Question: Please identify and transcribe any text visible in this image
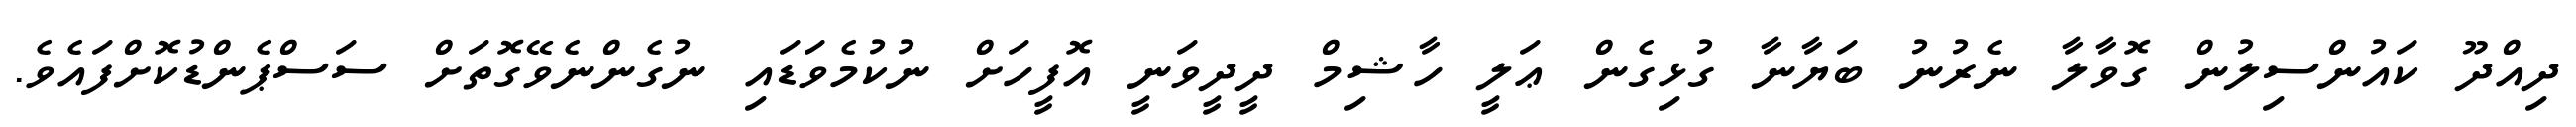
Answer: ދިއްދޫ ކައުންސިލުން ގޮވާލާ ނެރުނު ބަޔާނާ ގުޅިގެން ޢަލީ ހާޝިމް ދީދީވަނީ އޮފީހަށް ނުކުމެވަޑައި ނުގެންނެވޭގޮތަށް ސަސްޕެންޑުކޮށްފައެވެ.